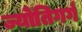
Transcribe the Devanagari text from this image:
ज्योतिगर्ग